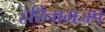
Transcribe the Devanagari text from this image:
हरिनामजप